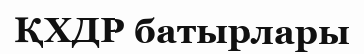
ҚХДР батырлары